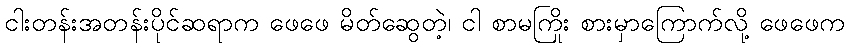
ငါးတန်းအတန်းပိုင်ဆရာက ဖေဖေ မိတ်ဆွေတဲ့၊ ငါ စာမကြိုး စားမှာကြောက်လို့ ဖေဖေက